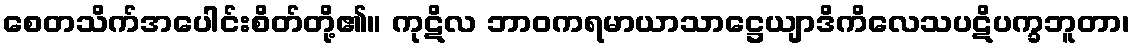
စေတသိက်အပေါင်းစိတ်တို့၏။ ကုဋိလ ဘာဝကရမာယာသာဋ္ဌေယျာဒိကိလေသပဋိပက္ခဘူတာ၊